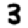
Digit: 3